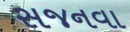
સજનવા